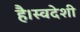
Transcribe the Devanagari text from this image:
है।स्वदेशी